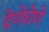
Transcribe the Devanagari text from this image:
देणेघेणे